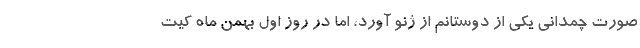
صورت چمدانی یکی از دوستانم از ژنو آورد، اما در روز اول بهمن ماه کیت